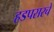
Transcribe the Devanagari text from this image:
हडपसरचे